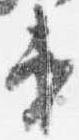
第